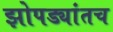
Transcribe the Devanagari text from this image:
झोपड्यांतच